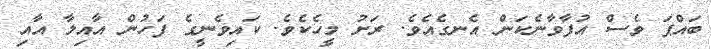
ބައްޕަ ވެސް އުފާވާނެކަން އެނގެއެވެ. ރަށު މީހެކެވެ. ކައިވެނީގެ ފަހުން އާއިލާ އާއި